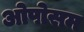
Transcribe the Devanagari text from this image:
ओपोसम